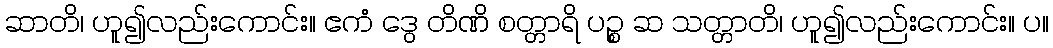
ဆာတိ၊ ဟူ၍လည်းကောင်း။ ဧကံ ဒွေ တိဏိ စတ္တာရိ ပဉ္စ ဆ သတ္တာတိ၊ ဟူ၍လည်းကောင်း။ ပ။